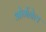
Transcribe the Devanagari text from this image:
ओर्गनेल